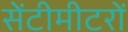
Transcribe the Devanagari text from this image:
सेंटीमीटरों